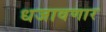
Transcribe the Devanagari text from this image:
धजावणार